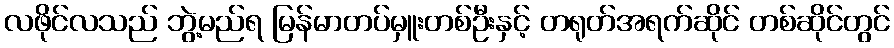
လဖိုင်လသည် ဘွဲ့မည်ရ မြန်မာတပ်မှူးတစ်ဦးနှင့် တရုတ်အရက်ဆိုင် တစ်ဆိုင်တွင်